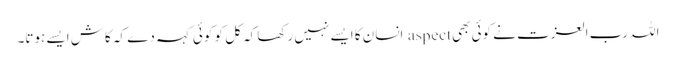
اللہ رب العزت نے کوئی بھی aspect انسان کا ایسے نہیں رکھا کہ کل کو کوئی کہہ دے کہ کاش ایسے ہوتا۔